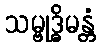
သမ္ဗုဒ္ဓိမန္တံ